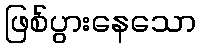
ဖြစ်ပွားနေသော